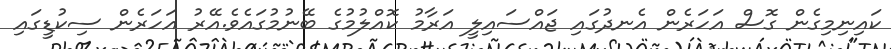
ކައިނިމިގެން ގޮސް އަހަރެން އެނދުގައި ޖައްސައިލީ އަރާމު ކޮއްލުމުގެ ބޭނުމުގައެވެ.އޭރު އަހަރެން ސިކުޑީގައި